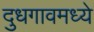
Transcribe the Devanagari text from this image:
दुधगावमध्ये